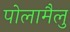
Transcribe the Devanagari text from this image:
पोलामैलु